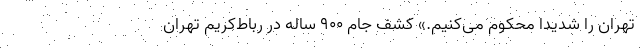
تهران را شدیدا محکوم می‌کنیم.» کشف جام ۹۰۰ ساله در رباط‌کریم تهران